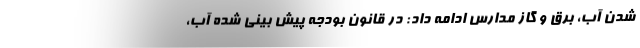
شدن آب، برق و گاز مدارس ادامه داد: در قانون بودجه پیش بینی شده آب،